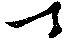
丁